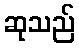
ဆုသည်